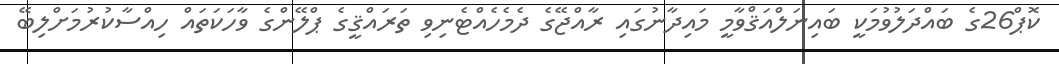
ކޮޕް26ގެ ބައްދަލުވުމަކީ ބައިނަލްއަޤްވާމީ މައިދާނުގައި ރާއްޖޭގެ ދެމެހެއްޓެނިވި ތަރައްޤީގެ ޕްލޭންގެ ވާހަކަތައް ހިއްސާކުރުމަށްލިބޭ